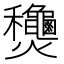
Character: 𬋢